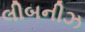
લીબનીઝ